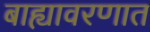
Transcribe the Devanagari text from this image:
बाह्यावरणात